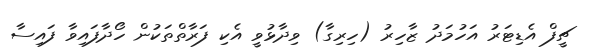
ޗީފް އެޑިޓަރު އަހުމަދު ޒާހިރު (ހިރިގާ) ވިދާޅުވީ އެކި ފަރާތްތަކުން ހޯދާފައިވާ ފައިސާ